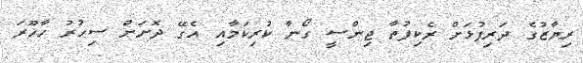
ރިޔާޒުގެ ދަރިފުޅަށް ރެކިފުތާ ޖިންސީ ގޯނާ ކުރިކަމާއި އެގޭ ދޮށަށް ސިހުރު ހާހޫރަ